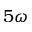
5 \omega